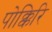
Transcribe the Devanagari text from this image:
पोक्किरि